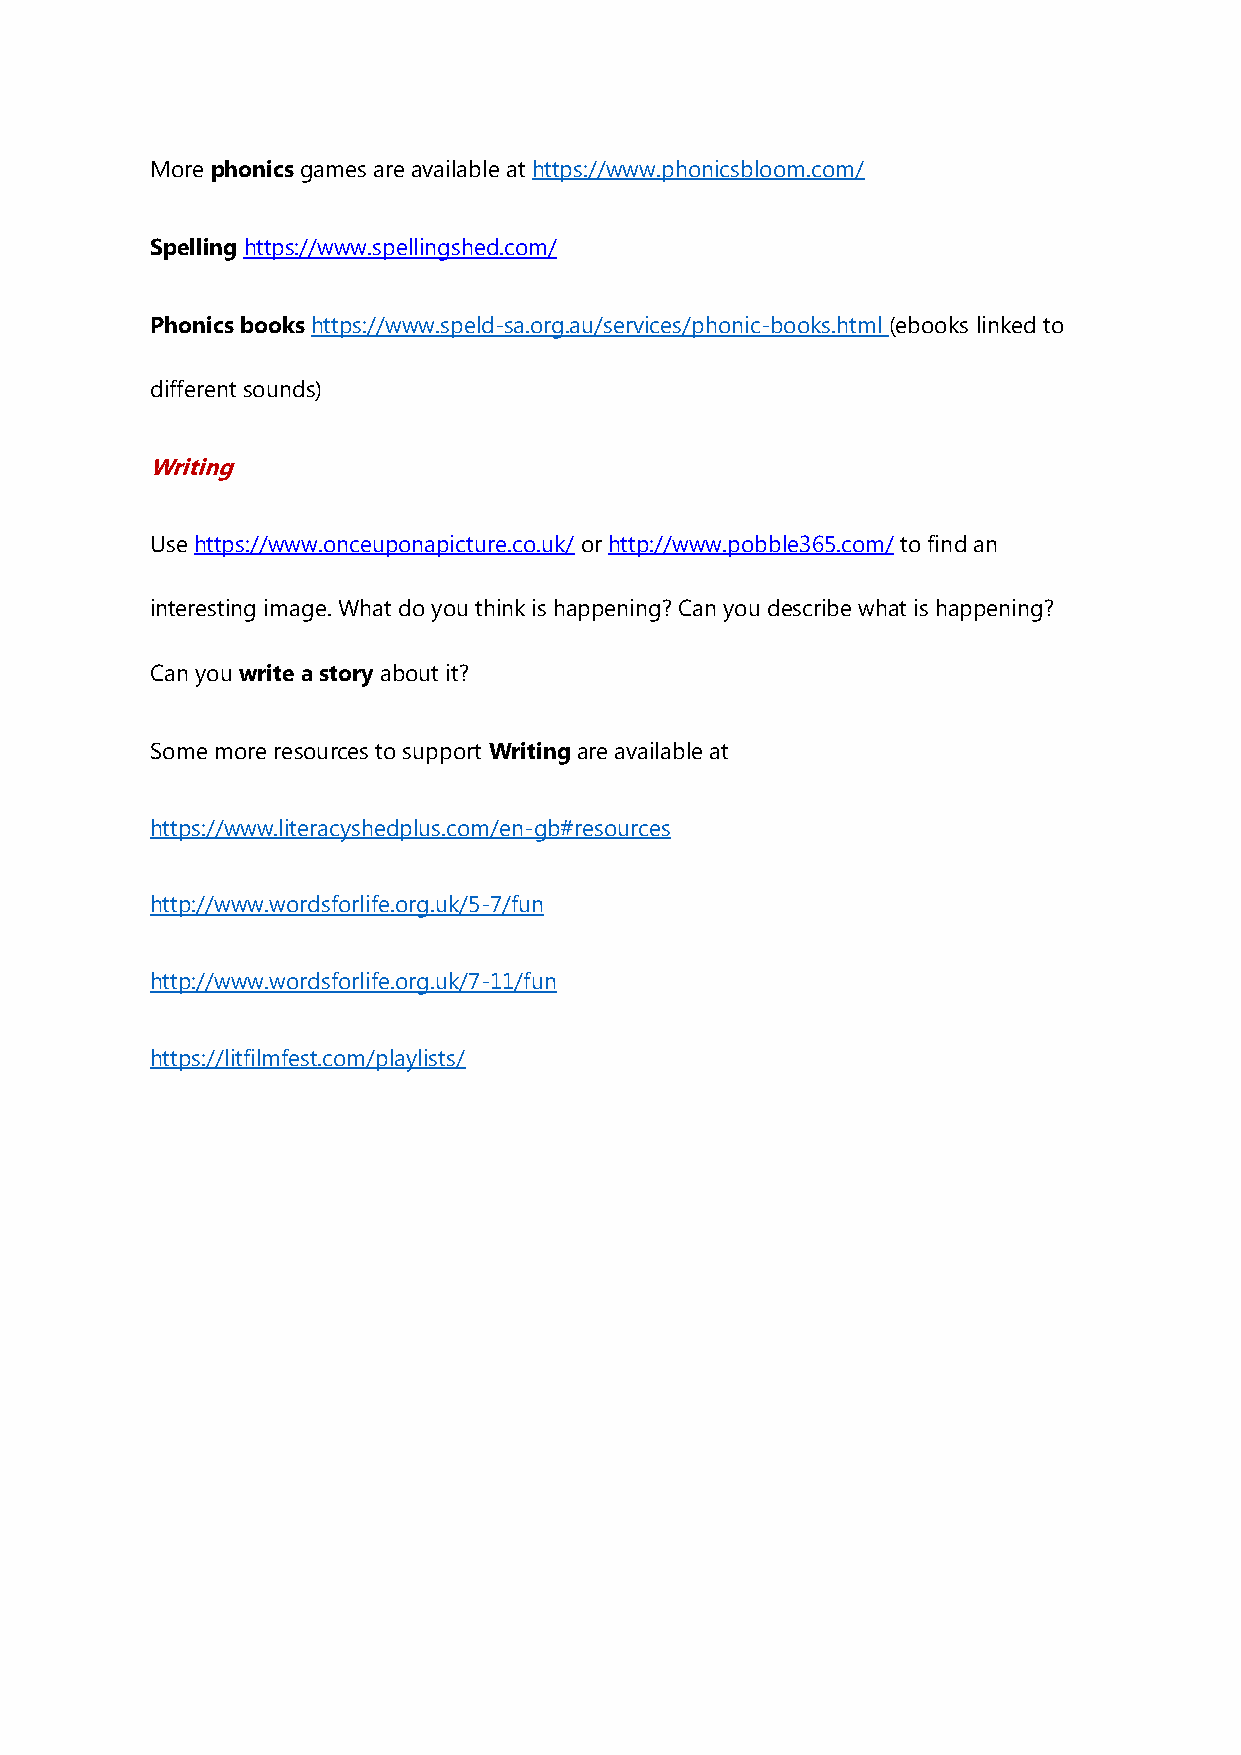
More phonics games are available at https://www.phonicsbloom.com/
 Spelling https://www.spellingshed.com/
 Phonics books https://www.speld-sa.org.au/services/phonic-books.html (ebooks linked to
 different sounds)
 Writing
 Use https://www.onceuponapicture.co.uk/ or http://www.pobble365.com/ to find an
 interesting image. What do you think is happening? Can you describe what is happening?
 Can you write a story about it?
 Some more resources to support Writing are available at
 https://www.literacyshedplus.com/en-gb#resources
 http://www.wordsforlife.org.uk/5-7/fun
 http://www.wordsforlife.org.uk/7-11/fun
 https://litfilmfest.com/playlists/